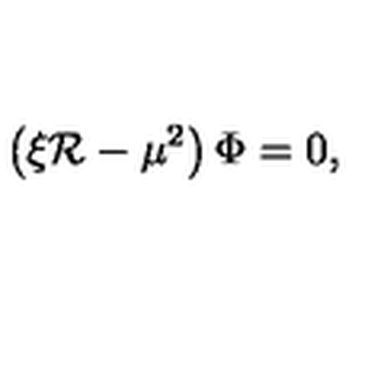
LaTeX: \left( \xi \mathcal { R } - \mu ^ { 2 } \right) \Phi = 0 ,